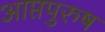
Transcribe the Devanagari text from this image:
आप्तपुरुष